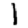
Digit: 1